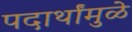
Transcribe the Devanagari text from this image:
पदार्थांमुळे